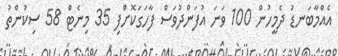
އެއްމާބަނޑު ދެމީހުން 100 ވަނަ އުފަންދުވަސް ފާހަގަކޮށްފި 35 މިނެޓް 58 ސިކުންތު